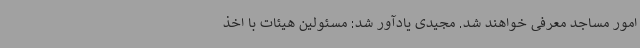
امور مساجد معرفی خواهند شد. مجیدی یادآور شد: مسئولین هیئات با اخذ